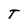
Character: T